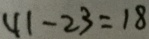
4 1 - 2 3 = 1 8